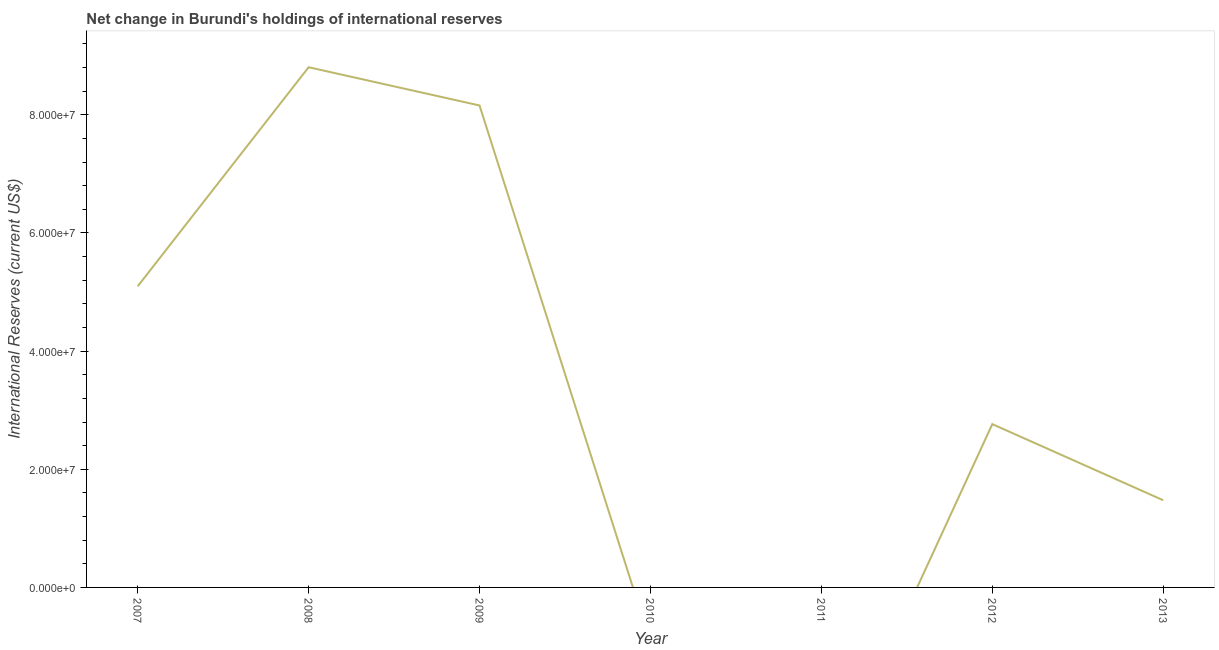
| Year | Reserves and related items |
 | --- | --- |
 | 2007 | 5.1e+07 |
 | 2008 | 8.81e+07 |
 | 2009 | 8.16e+07 |
 | 2010 | -9.32e+06 |
 | 2011 | -3.52e+07 |
 | 2012 | 2.76e+07 |
 | 2013 | 1.48e+07 |